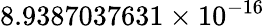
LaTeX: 8.9387037631\times 10^{-16}